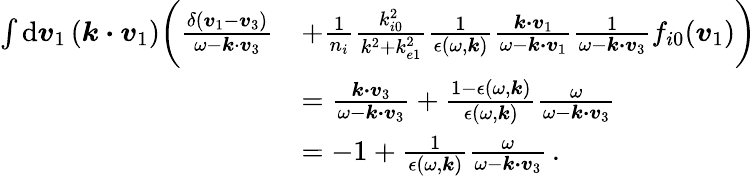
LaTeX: \begin{array}{rl}{\int\mathrm{d}\boldsymbol{v}_{1}\, (\boldsymbol{k\cdot v}_{1})\biggl(\frac{\delta(\boldsymbol{v}_{1}-\boldsymbol{v}_{3})}{\omega-\boldsymbol{k}\cdot\boldsymbol{v}_{3}}}&{+\frac{1}{n_{i}}\frac{k_{i0}^{2}}{k^{2}+k_{e1}^{2}}\frac{1}{\epsilon(\omega,\boldsymbol{k})}\frac{\boldsymbol{k\cdot v}_{1}}{\omega-\boldsymbol{k\cdot v}_{1}}\frac{1}{\omega-\boldsymbol{k\cdot v}_{3}}f_{i0}(\boldsymbol{v}_{1})\biggr)}\\ &{=\frac{\boldsymbol{k\cdot v}_{3}}{\omega-\boldsymbol{k\cdot v}_{3}}+\frac{1-\epsilon(\omega,\boldsymbol{k})}{\epsilon(\omega,\boldsymbol{k})}\frac{\omega}{\omega-\boldsymbol{k\cdot v}_{3}}}\\ &{=-1+\frac{1}{\epsilon(\omega,\boldsymbol{k})}\frac{\omega}{\omega-\boldsymbol{k\cdot v}_{3}}\, .}\end{array}